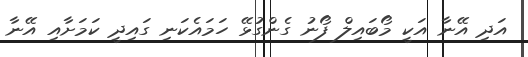
އަދި އޭނާ އަކީ މޯބައިލް ފޯނު ގެންގުޅޭ ހަމައެކަނި ގައިދީ ކަމަށާއި އޭނާ